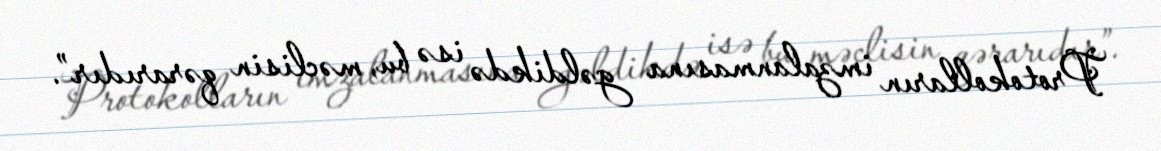
Protokolların imzalanmasına gəldikdə isə bu, məclisin qərarıdır”.